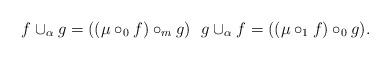
LaTeX: \begin{align*} f \cup_\alpha g = ((\mu \circ_0 f) \circ_{m} g ) ~~ g \cup_\alpha f = ((\mu \circ_1 f) \circ_0 g). \end{align*}